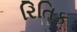
રિતિક